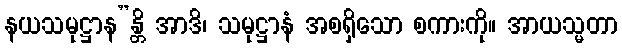
နယသမုဋ္ဌာန”န္တိ အာဒိ၊ သမုဋ္ဌာနံ အစရှိသော စကားကို။ အာယသ္မတာ